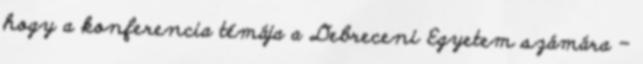
hogy a konferencia témája a Debreceni Egyetem számára –